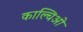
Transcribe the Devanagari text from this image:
काल्चिओ